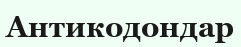
Антикодондар